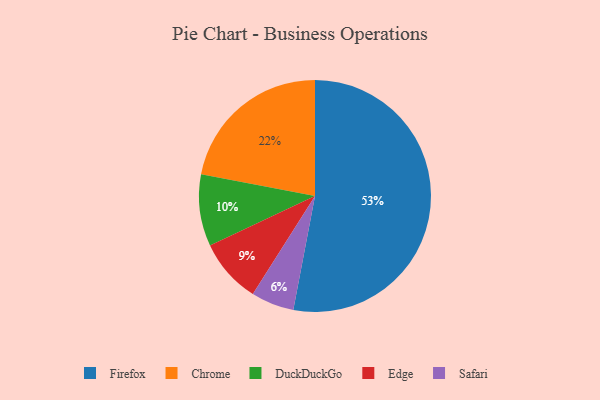
{"axis": {"x": "Category", "y": "Percentage"}, "legend": ["Chrome", "DuckDuckGo", "Edge", "Firefox", "Safari"], "data": [{"x": "Firefox", "y": 53, "type": "Firefox"}, {"x": "Safari", "y": 6, "type": "Safari"}, {"x": "Chrome", "y": 22, "type": "Chrome"}, {"x": "DuckDuckGo", "y": 10, "type": "DuckDuckGo"}, {"x": "Edge", "y": 9, "type": "Edge"}]}